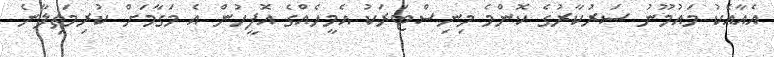
އެއާއެކު މައުމޫނު ސަރުކާރުގެ ކޮންމެ މިނިސްޓަރަކު އެމީހެއްގެ އޮފީހުން އެ މަގާމަށް ކުރިމަތިލާނެ